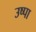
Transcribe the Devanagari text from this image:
उष्पा